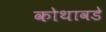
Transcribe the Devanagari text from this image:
कोथावडे